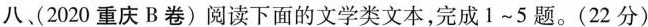
八、(2020重庆B卷)阅读下面的文学类文本，完成1~5题。(22分)